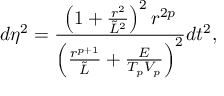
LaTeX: d \eta ^ { 2 } = { \frac { \left( 1 + { \frac { r ^ { 2 } } { \tilde { L } ^ { 2 } } } \right) ^ { 2 } r ^ { 2 p } } { \left( { \frac { r ^ { p + 1 } } { \tilde { L } } } + { \frac { E } { T _ { p } V _ { p } } } \right) ^ { 2 } } } d t ^ { 2 } ,